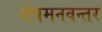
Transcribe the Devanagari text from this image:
शेषमनवन्तर